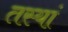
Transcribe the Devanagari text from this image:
तस्यां